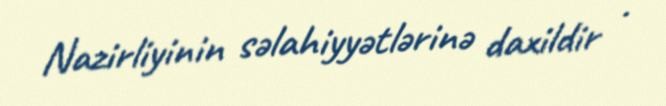
Nazirliyinin səlahiyyətlərinə daxildir .